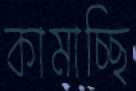
কামাচ্ছি